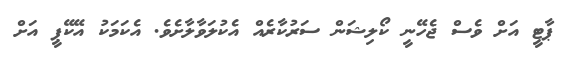
ޕާޓީ އަށް ވެސް ޖެހޭނީ ކޯލިޝަން ސަރުކާރެއް އެކުލަވާލާށެވެ. އެކަމަކު އޭކޭޕީ އަށް